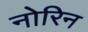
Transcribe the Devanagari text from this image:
नोरिन